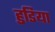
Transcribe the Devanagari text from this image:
हुडिया